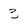
Character: 3